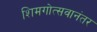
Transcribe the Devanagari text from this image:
शिमगोत्सवानंतर